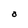
Character: O